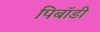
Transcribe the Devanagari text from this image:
पिबॉडी